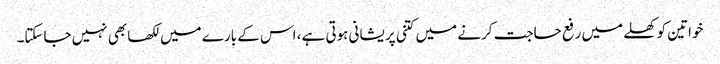
خواتین کو کھلے میں رفع حاجت کرنے میں کتنی پریشانی ہوتی ہے، اس کے بارے میں لکھا بھی نہیں جاسکتا۔